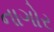
નાગોર